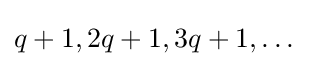
q+1,2q+1,3q+1,\dots \